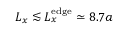
L _ { x } \lesssim L _ { x } ^ { \mathrm { e d g e } } \simeq 8 . 7 a